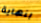
بنهاية